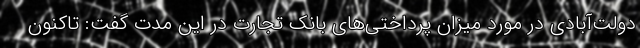
دولت‌آبادی در مورد میزان پرداختی‌های بانک تجارت در این مدت گفت: تاکنون